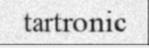
tartronic